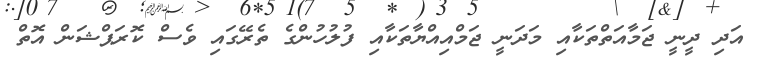
އަދި ދީނީ ޖަމާއަތްތަކާއި މަދަނީ ޖަމްއިއްޔާތަކާއި ފުލުހުންގެ ތެރޭގައި ވެސް ކޮރަޕްޝަން އޮތް